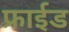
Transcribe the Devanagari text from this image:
फ्राईड